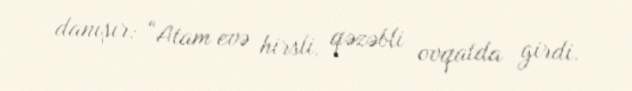
danışır: “Atam evə hirsli, qəzəbli ovqatda girdi.